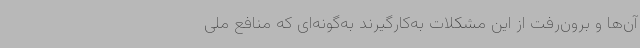
آن‌ها و برون‌رفت از این مشکلات به‌کارگیرند به‌گونه‌ای که منافع ملی